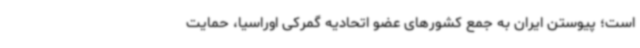
است؛ پیوستن ایران به جمع کشورهای عضو اتحادیه گمرکی اوراسیا، حمایت